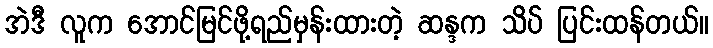
အဲဒီ လူက အောင်မြင်ဖို့ရည်မှန်းထားတဲ့ ဆန္ဒက သိပ် ပြင်းထန်တယ်။